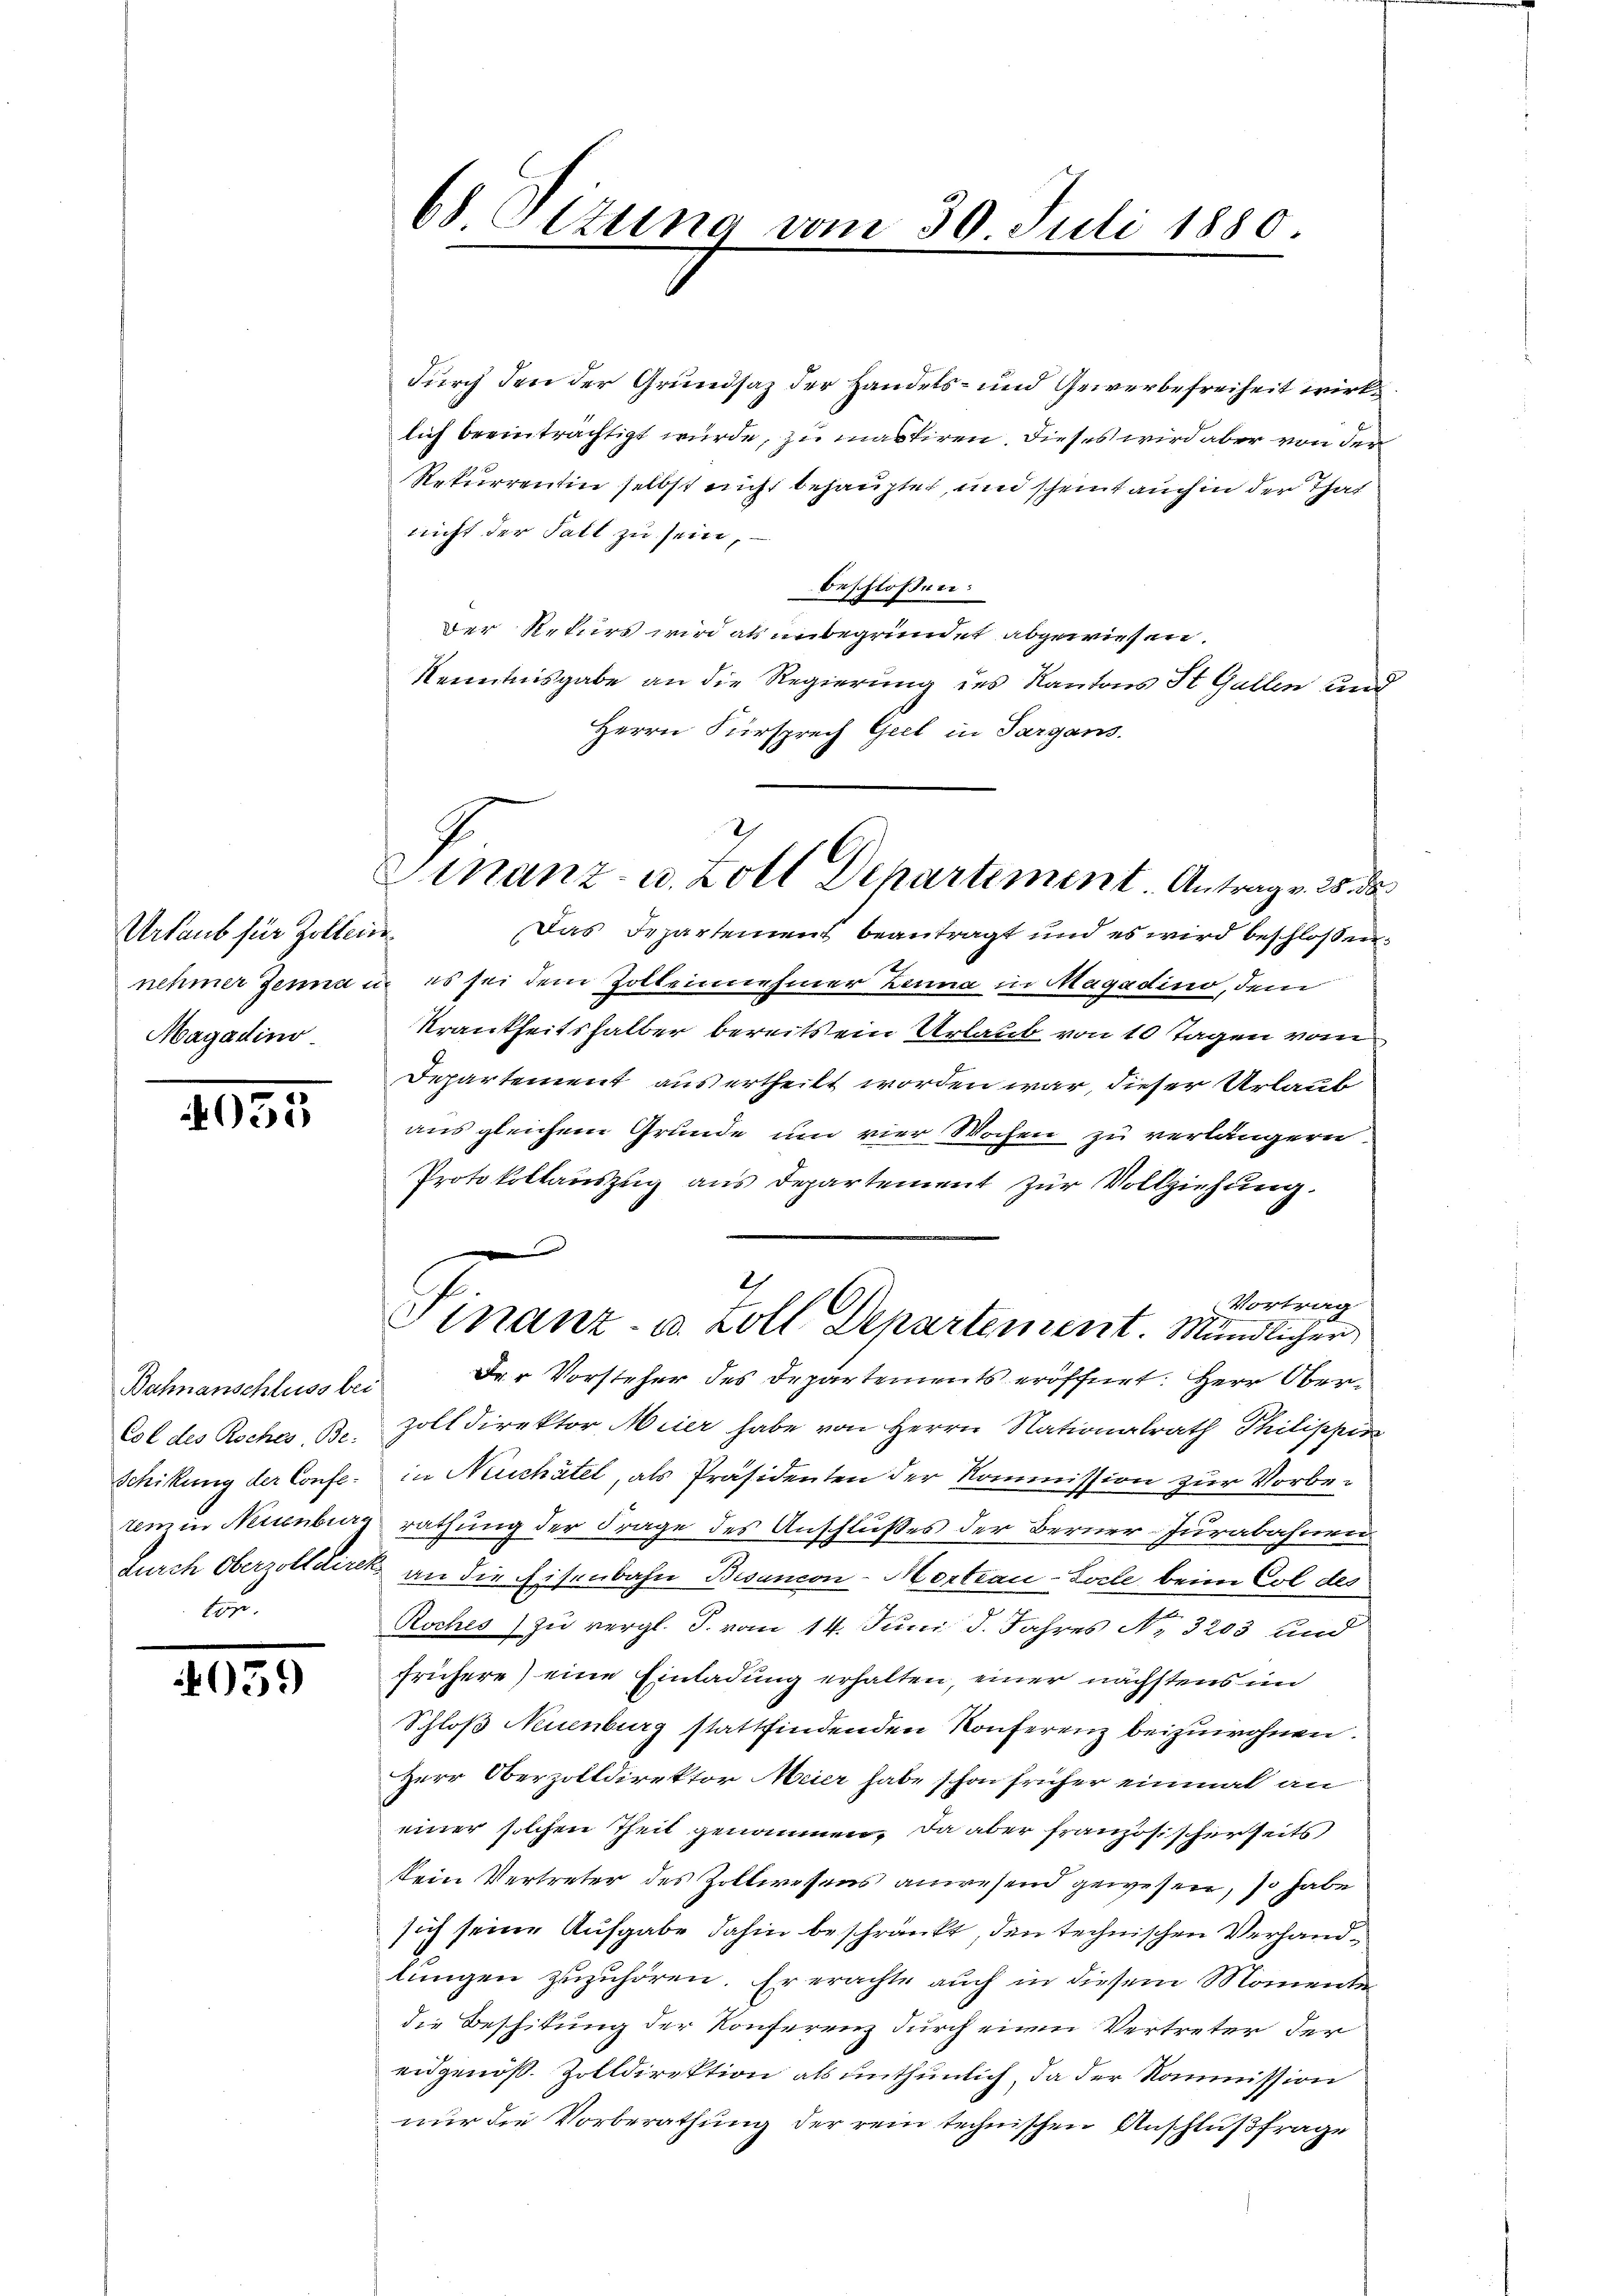
Urlaub für Zollein
Magadino

4055

Col des Roches Be-
Schikung der Confe¬

4059

68 Tizung vom 30. Juli 1880.

durch den der Grundsaz der Handels- und Gewerbefreiheit wirk
lich beeinträchtigt wurde, zu mastiren. Dieses wird aber von der
Rekurrentin selbst nicht behauptet, und scheint auch in der That
nicht der Fall zu sein,
beschlossen:
Der Rekurs wird als unbegründet abgewiesen.
Kenntnisgabe an die Regierung des Kantons St. Gallen und
Herrn Fürsprech Geel in Sargans.
Das Departement beantragt und es wird beschlossen
nehmer Zenna u. es sei dem Zollennehmer Zeuna in Magadino, dem
Krankheitshalber bereits ein Urlaub von 10 Tagen vom
Departement aus ertheilt worden war, dieser Urlaub
aus gleichem Grunde und vier Wochen zu verlängern.
Protokollauszug aus Departement zur Vollziehung.
2
Vortrag
Finanz- u. Zoll Departement. Mündlicher
Bahnanschluss bei der Vorsteher des Departements eröffnet: Herr Ober-
zolldirektor Meier habe von Herrn Nationalrath Philippin
in Neuchâtel, als Präsidenten der Kommission zur Vorberem in Neuenburg rathung der Frage des Anschlußes der Berner-Jurabahnen
Furch Oberzolldirek an die Eisenbahn Bisancon-Mortrau-Locle beim Col des
Roches) zu vergl. S. vom 14. Juni d. Jahres No. 3203 und
frühere) eine Einladung erhalten, einer nächstens im
Schloß Neuenburg stattfindenden Konferenz beizuwohnen.
Herr Oberzolldirektor Meier habe schon früher einmal an
einer solchen Theil genommen. Da aber französischerseits
kein Vertreter des Zollwesens anwesend gewesen, so habe
sich seine Aufgabe dahin beschränkt, den technischen Verhandlungen zuzuhören. Er erachte auch in diesem Momente
die Beschikung der Konferenz durch einen Vertreter der
eidgenöß. Zolldirektion als unthunlich, da der Kommission
nur die Vorberathung der rein technischen Anschlußfrage

Finanz- u. Zoll Departement Antrag v. 25. de